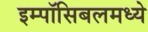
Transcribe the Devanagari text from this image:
इम्पॉसिबलमध्ये